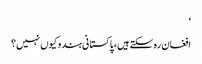
‘
افغان رہ سکتےہیں، پاکستانی ہندو کیوں نہیں؟